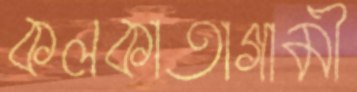
কলকাতাগামী